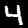
Digit: 4